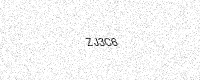
Text: ZJ3C6